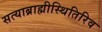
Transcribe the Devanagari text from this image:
सत्याब्राह्मीस्थितिरिव